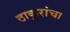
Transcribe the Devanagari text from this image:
ठाकूरांचा